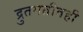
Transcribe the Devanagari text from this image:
द्रुतगतीतही